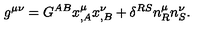
g ^ { \mu \nu } = G ^ { A B } x _ { , A } ^ { \mu } x _ { , B } ^ { \nu } + \delta ^ { R S } n _ { R } ^ { \mu } n _ { S } ^ { \nu } .